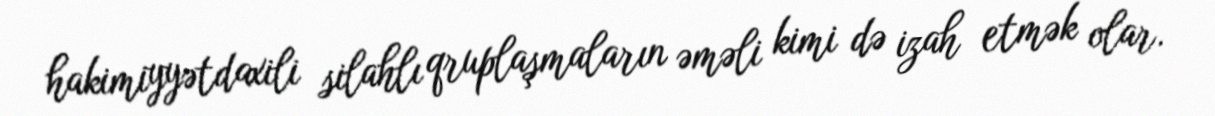
hakimiyyətdaxili silahlı qruplaşmaların əməli kimi də izah etmək olar.